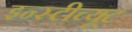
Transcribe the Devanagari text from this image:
इन्स्टीच्यूट